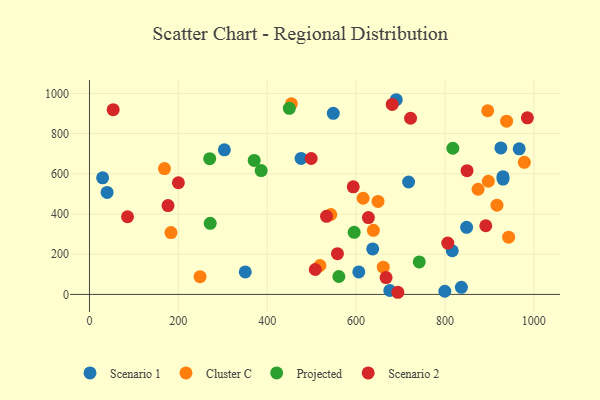
{"axis": {"x": "Experience", "y": "Fuel Efficiency"}, "legend": ["Cluster C", "Projected", "Scenario 1", "Scenario 2"], "data": [{"x": "837.0", "y": 35.1, "type": "Scenario 1"}, {"x": "548.7", "y": 900.8, "type": "Scenario 1"}, {"x": "39.7", "y": 507.2, "type": "Scenario 1"}, {"x": "690.4", "y": 968.4, "type": "Scenario 1"}, {"x": "675.9", "y": 19.4, "type": "Scenario 1"}, {"x": "930.8", "y": 573.5, "type": "Scenario 1"}, {"x": "930.5", "y": 585.7, "type": "Scenario 1"}, {"x": "718.2", "y": 559.1, "type": "Scenario 1"}, {"x": "606.1", "y": 111.8, "type": "Scenario 1"}, {"x": "967.1", "y": 724.4, "type": "Scenario 1"}, {"x": "476.2", "y": 676.2, "type": "Scenario 1"}, {"x": "799.7", "y": 15.8, "type": "Scenario 1"}, {"x": "816.4", "y": 217.1, "type": "Scenario 1"}, {"x": "350.6", "y": 111.9, "type": "Scenario 1"}, {"x": "637.4", "y": 226.1, "type": "Scenario 1"}, {"x": "29.6", "y": 579.8, "type": "Scenario 1"}, {"x": "848.7", "y": 333.6, "type": "Scenario 1"}, {"x": "303.6", "y": 719.3, "type": "Scenario 1"}, {"x": "925.9", "y": 728.4, "type": "Scenario 1"}, {"x": "649.4", "y": 462.6, "type": "Cluster C"}, {"x": "897.6", "y": 562.9, "type": "Cluster C"}, {"x": "615.9", "y": 478.3, "type": "Cluster C"}, {"x": "518.7", "y": 143.7, "type": "Cluster C"}, {"x": "874.5", "y": 523.1, "type": "Cluster C"}, {"x": "183.4", "y": 307.8, "type": "Cluster C"}, {"x": "917.1", "y": 444.1, "type": "Cluster C"}, {"x": "661.2", "y": 135.5, "type": "Cluster C"}, {"x": "938.8", "y": 861.5, "type": "Cluster C"}, {"x": "168.8", "y": 625.7, "type": "Cluster C"}, {"x": "896.2", "y": 913.6, "type": "Cluster C"}, {"x": "638.9", "y": 318.9, "type": "Cluster C"}, {"x": "978.7", "y": 657.0, "type": "Cluster C"}, {"x": "454.4", "y": 948.2, "type": "Cluster C"}, {"x": "248.8", "y": 88.4, "type": "Cluster C"}, {"x": "543.1", "y": 397.5, "type": "Cluster C"}, {"x": "943.3", "y": 284.8, "type": "Cluster C"}, {"x": "561.2", "y": 89.0, "type": "Projected"}, {"x": "271.7", "y": 353.4, "type": "Projected"}, {"x": "386.4", "y": 616.0, "type": "Projected"}, {"x": "370.7", "y": 666.3, "type": "Projected"}, {"x": "595.7", "y": 308.7, "type": "Projected"}, {"x": "817.8", "y": 727.1, "type": "Projected"}, {"x": "449.8", "y": 925.5, "type": "Projected"}, {"x": "742.2", "y": 161.4, "type": "Projected"}, {"x": "270.6", "y": 675.4, "type": "Projected"}, {"x": "53.3", "y": 919.1, "type": "Scenario 2"}, {"x": "891.9", "y": 341.5, "type": "Scenario 2"}, {"x": "558.1", "y": 202.4, "type": "Scenario 2"}, {"x": "176.8", "y": 442.1, "type": "Scenario 2"}, {"x": "508.2", "y": 123.8, "type": "Scenario 2"}, {"x": "533.5", "y": 388.6, "type": "Scenario 2"}, {"x": "200.1", "y": 555.5, "type": "Scenario 2"}, {"x": "593.6", "y": 535.2, "type": "Scenario 2"}, {"x": "499.0", "y": 676.0, "type": "Scenario 2"}, {"x": "694.0", "y": 10.6, "type": "Scenario 2"}, {"x": "627.7", "y": 382.3, "type": "Scenario 2"}, {"x": "722.6", "y": 876.3, "type": "Scenario 2"}, {"x": "849.7", "y": 615.5, "type": "Scenario 2"}, {"x": "85.6", "y": 386.2, "type": "Scenario 2"}, {"x": "985.5", "y": 878.4, "type": "Scenario 2"}, {"x": "667.5", "y": 83.9, "type": "Scenario 2"}, {"x": "806.3", "y": 255.4, "type": "Scenario 2"}, {"x": "681.3", "y": 945.1, "type": "Scenario 2"}]}